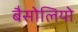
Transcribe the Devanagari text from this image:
बैसोलियो